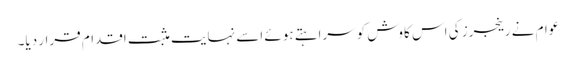
عوام نے رینجرز کی اس کاوش کوسراہتے ہوئے اسے نہایت مثبت اقدام قرار دیا۔